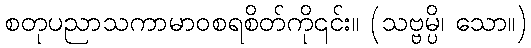
စတုပညာသကာမာဝစရစိတ်ကို၎င်း။ (သဗ္ဗမ္ပိ၊ သော။)